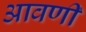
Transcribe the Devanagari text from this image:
आवणी